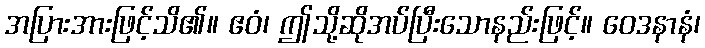
အပြားအားဖြင့်သိ၏။ ဧဝံ၊ ဤသို့ဆိုအပ်ပြီးသောနည်းဖြင့်။ ဝေဒနာနံ၊